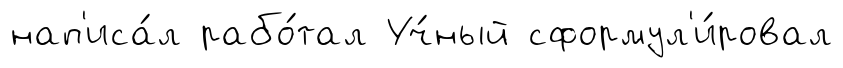
нап'иса́л рабо́тал Уч́ный сформул'и́ровал